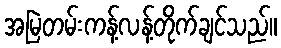
အမြဲတမ်းကန့်လန့်တိုက်ချင်သည်။